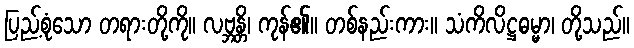
ပြည့်စုံသော တရားတို့ကို။ လဗ္ဘန္တိ၊ ကုန်၏။ တစ်နည်းကား။ သံကိလိဋ္ဌဓမ္မာ၊ တို့သည်။